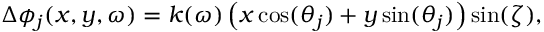
\Delta \phi _ { j } ( x , y , \omega ) = k ( \omega ) \left( x \cos ( \theta _ { j } ) + y \sin ( \theta _ { j } ) \right) \sin ( \zeta ) ,